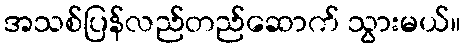
အသစ်ပြန်လည်တည်ဆောက် သွားမယ်။